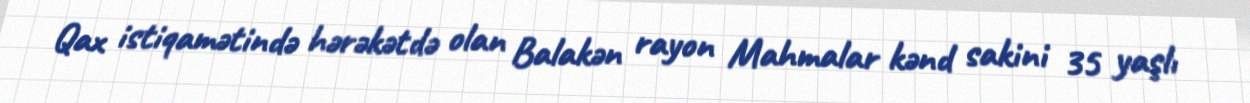
Qax istiqamətində hərəkətdə olan Balakən rayon Mahmalar kənd sakini 35 yaşlı